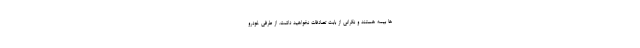
ها بیمه هستند و نگرانی از بابت تصادفات نخواهید داشت. از طرفی خودرو